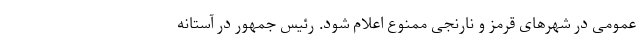
عمومی در شهر‌های قرمز و نارنجی ممنوع اعلام شود. رئیس جمهور در آستانه